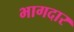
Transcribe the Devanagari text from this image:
भागदार